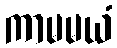
ကာမမယံ